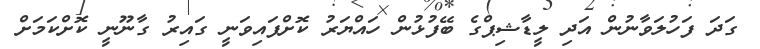
ގަދަ ފަހުލަވާނުން އަދި ލީޑާޝިޕްގެ ބޭފުޅުން ހައްޔަރު ކޮށްފައިވަނީ ގައިރު ގާނޫނީ ކޮށްކަމަށް